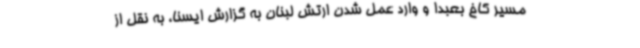
مسیر کاخ بعبدا و وارد عمل شدن ارتش لبنان به گزارش ایسنا، به نقل از